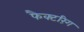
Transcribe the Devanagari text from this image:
फैक्टरिंग